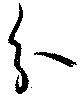
分